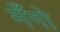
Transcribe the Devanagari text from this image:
मँगो